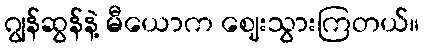
ဂျွန်ဆွန်နဲ့ မီယောက ဈေးသွားကြတယ်။